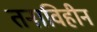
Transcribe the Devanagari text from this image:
तनाविहीन